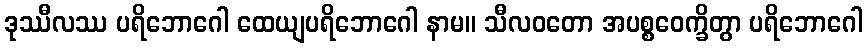
ဒုဿီလဿ ပရိဘောဂေါ ထေယျပရိဘောဂေါ နာမ။ သီလဝတော အပစ္စဝေက္ခိတွာ ပရိဘောဂေါ